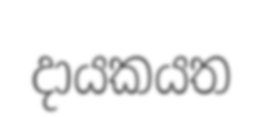
දායකයත